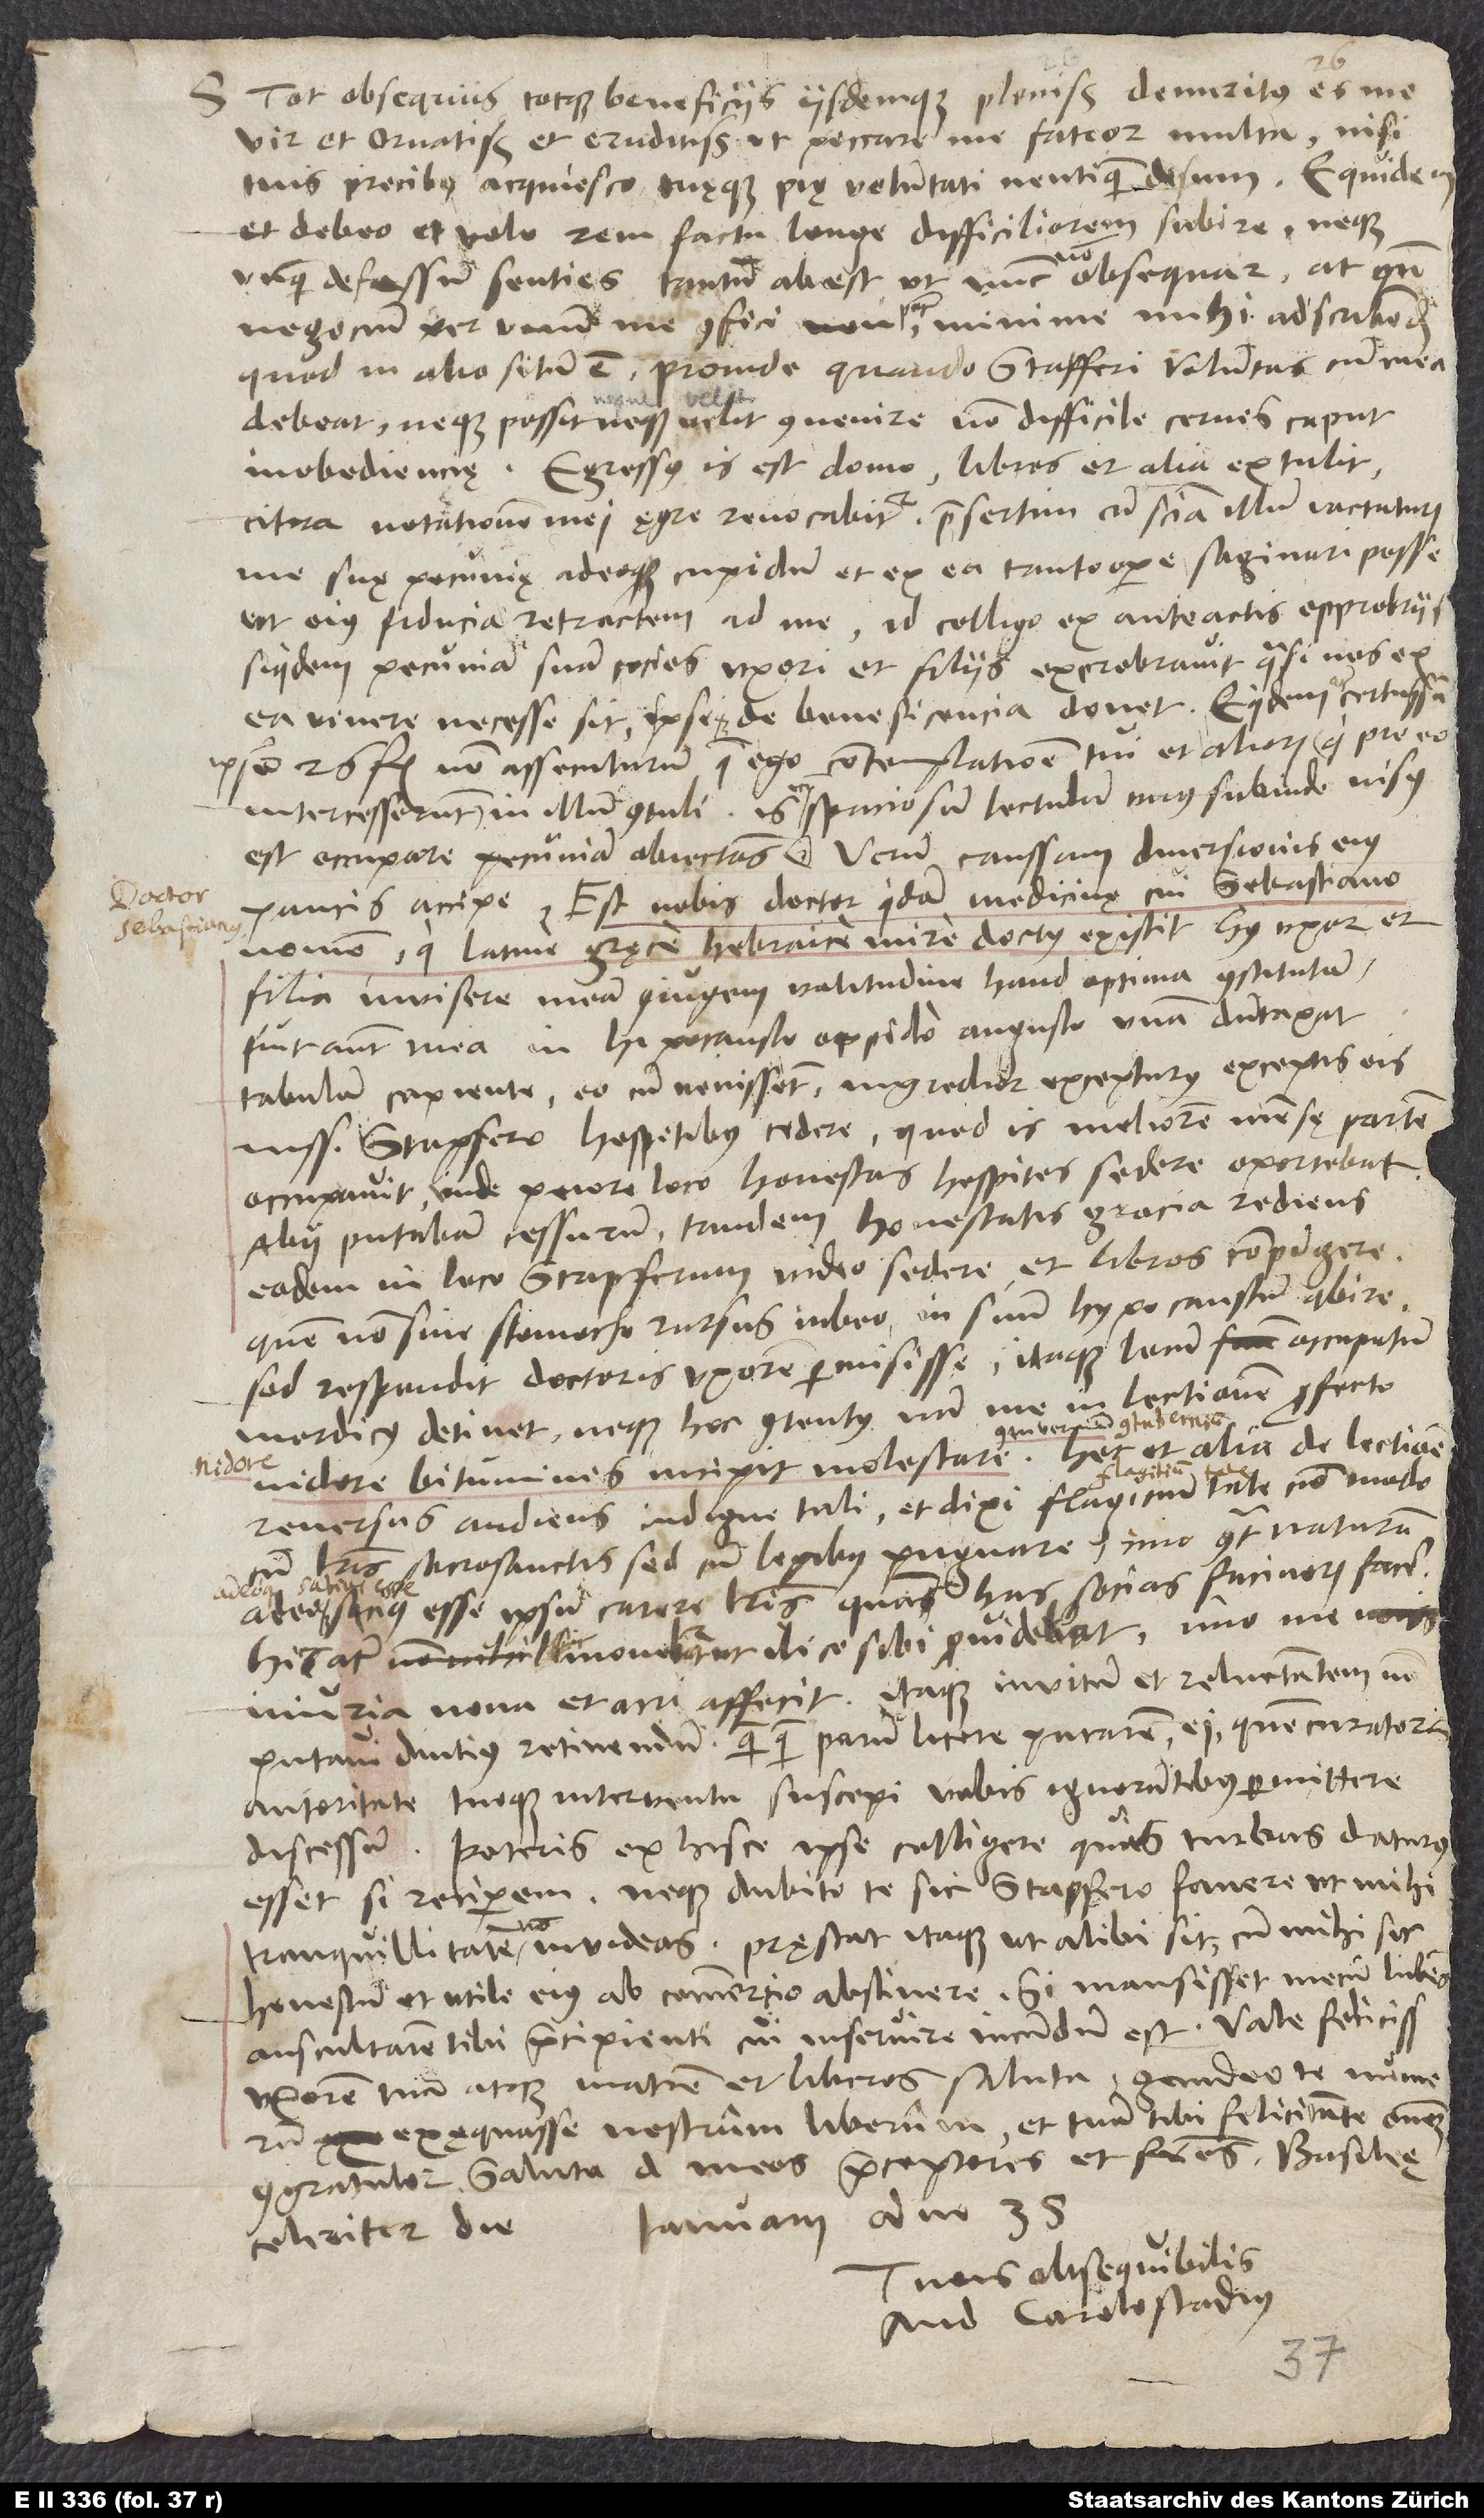
S. Tot obsequiis totque beneficiis iisdemque pleniss spaciosum
est occupare pecuniam obiectans. Verum caussam diversionis eius
paucis accipe. Est nobis doctor quidam medicinę, cui Sebastiano
nomen, qui Latine, Gręce, Hebraice mire doctus existit. Huius uxor et
filia invisere meam coniugem valitudine haud optima constitutam.
Fuit autem mea in hipocausto oppido angusto unam duntaxat
tabulam capiente. Eo cum venissent, ingredior excepturus. Exceptis eis
iussi Stapfero hospitibus cedere, quod is meliorem mensę partem
occupavit, unde peiore loco honestas hospites sedere oportebat.
Abii; putabam cessurum. Tandem honestatis gracia rediens
eodem in loco Stapferum video sedere et libros compingere,
quem non sine stomacho rursus iubeo in suum hypocaustum abire,
sed respondit doctoris uxorem permisisse. Itaque locum occupatum
mordicus detinet, neque hoc contentus, nam me in lectionem profecto
reversus audiens indigne tuli et dixi flagitium tale non modo
cum literis sacrosanctis, sed cum legibus pugnare, imo contra naturam,
adeoque sacius esse ipsum carere literis quam has socias facinorum facere.
Hic autem sic movebatur, ut ilico sibi providebat, imo me
iniuria nova et acri affecit. Itaque invitum et reluctantem non
putavi diutius retinendum, quamquam parum licere putarem ei, quem curatoris
autoritate tuoque interventu suscepi, vobis ignorantibus permittere
discessum. Poteris ex hisce ipse colligere, quas turbas daturus
esset, si reciperem, neque dubito te sic Stapfero favere, ut mihi
tranquillitatem non invideas. Pręstat itaque, ut alibi sit, cum mihi sit
honestum et utile eius ab commercio abstinere. Si mansisset mecum, lubens
auscultarem tibi praecipienti, cui inservire iucundum est. Vale felicissime.
Uxorem tuam atque matrem et liberos saluta. Gaudeo te numerum
exęquasse nostrum liberum et tuam tibi felicitatem omnem
congratulor. Saluta dominos meos praeceptores et fratres. Basileę,
ianuarii anno 38.
celeriter, die
Tuus obsequibilis
And. Carolostadius.